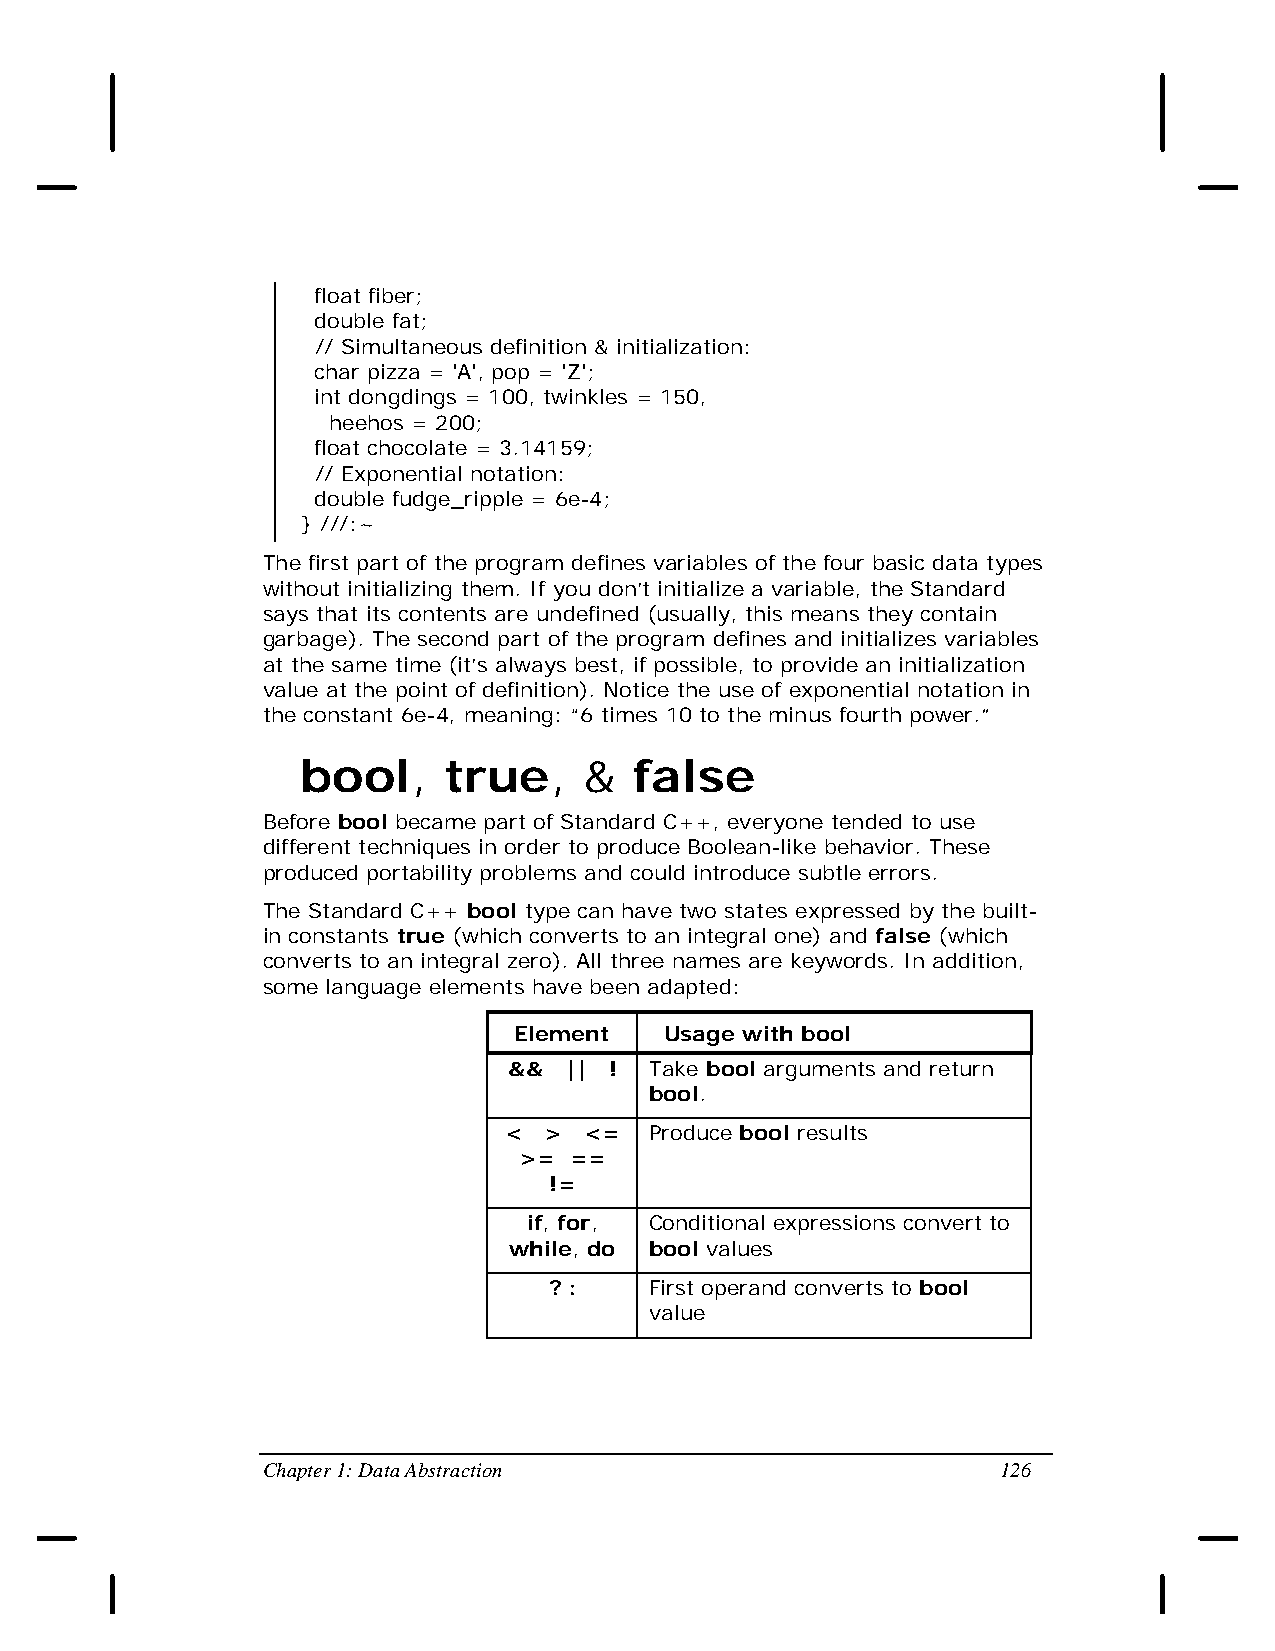
float fiber;
 double fat;
 // Simultaneous definition & initialization:
 char pizza = 'A', pop = 'Z';
 int dongdings = 100, twinkles = 150,
 heehos = 200;
 float chocolate = 3.14159;
 // Exponential notation:
 double fudge_ripple = 6e-4;
 } ///:~
 The first part of the program defines variables of the four basic data types
 without initializing them. If you don’t initialize a variable, the Standard
 says that its contents are undefined (usually, this means they contain
 garbage). The second part of the program defines and initializes variables
 at the same time (it’s always best, if possible, to provide an initialization
 value at the point of definition). Notice the use of exponential notation in
 the constant 6e-4, meaning: “6 times 10 to the minus fourth power.”
 bool,    true,     &  false
 Before bool became part of Standard C++, everyone tended to use
 different techniques in order to produce Boolean-like behavior. These
 produced portability problems and could introduce subtle errors.
 The Standard C++ bool type can have two states expressed by the built-
 in constants true (which converts to an integral one) and false (which
 converts to an integral zero). All three names are keywords. In addition,
 some language elements have been adapted:
 Element   Usage with bool
 && || !  Take bool arguments and return
 bool.
 <  >  <=  Produce bool results
 >=  ==
 !=
 if, for, Conditional expressions convert to
 while, do bool values
 ? :    First operand converts to bool
 value
 Chapter 1: Data Abstraction                      126